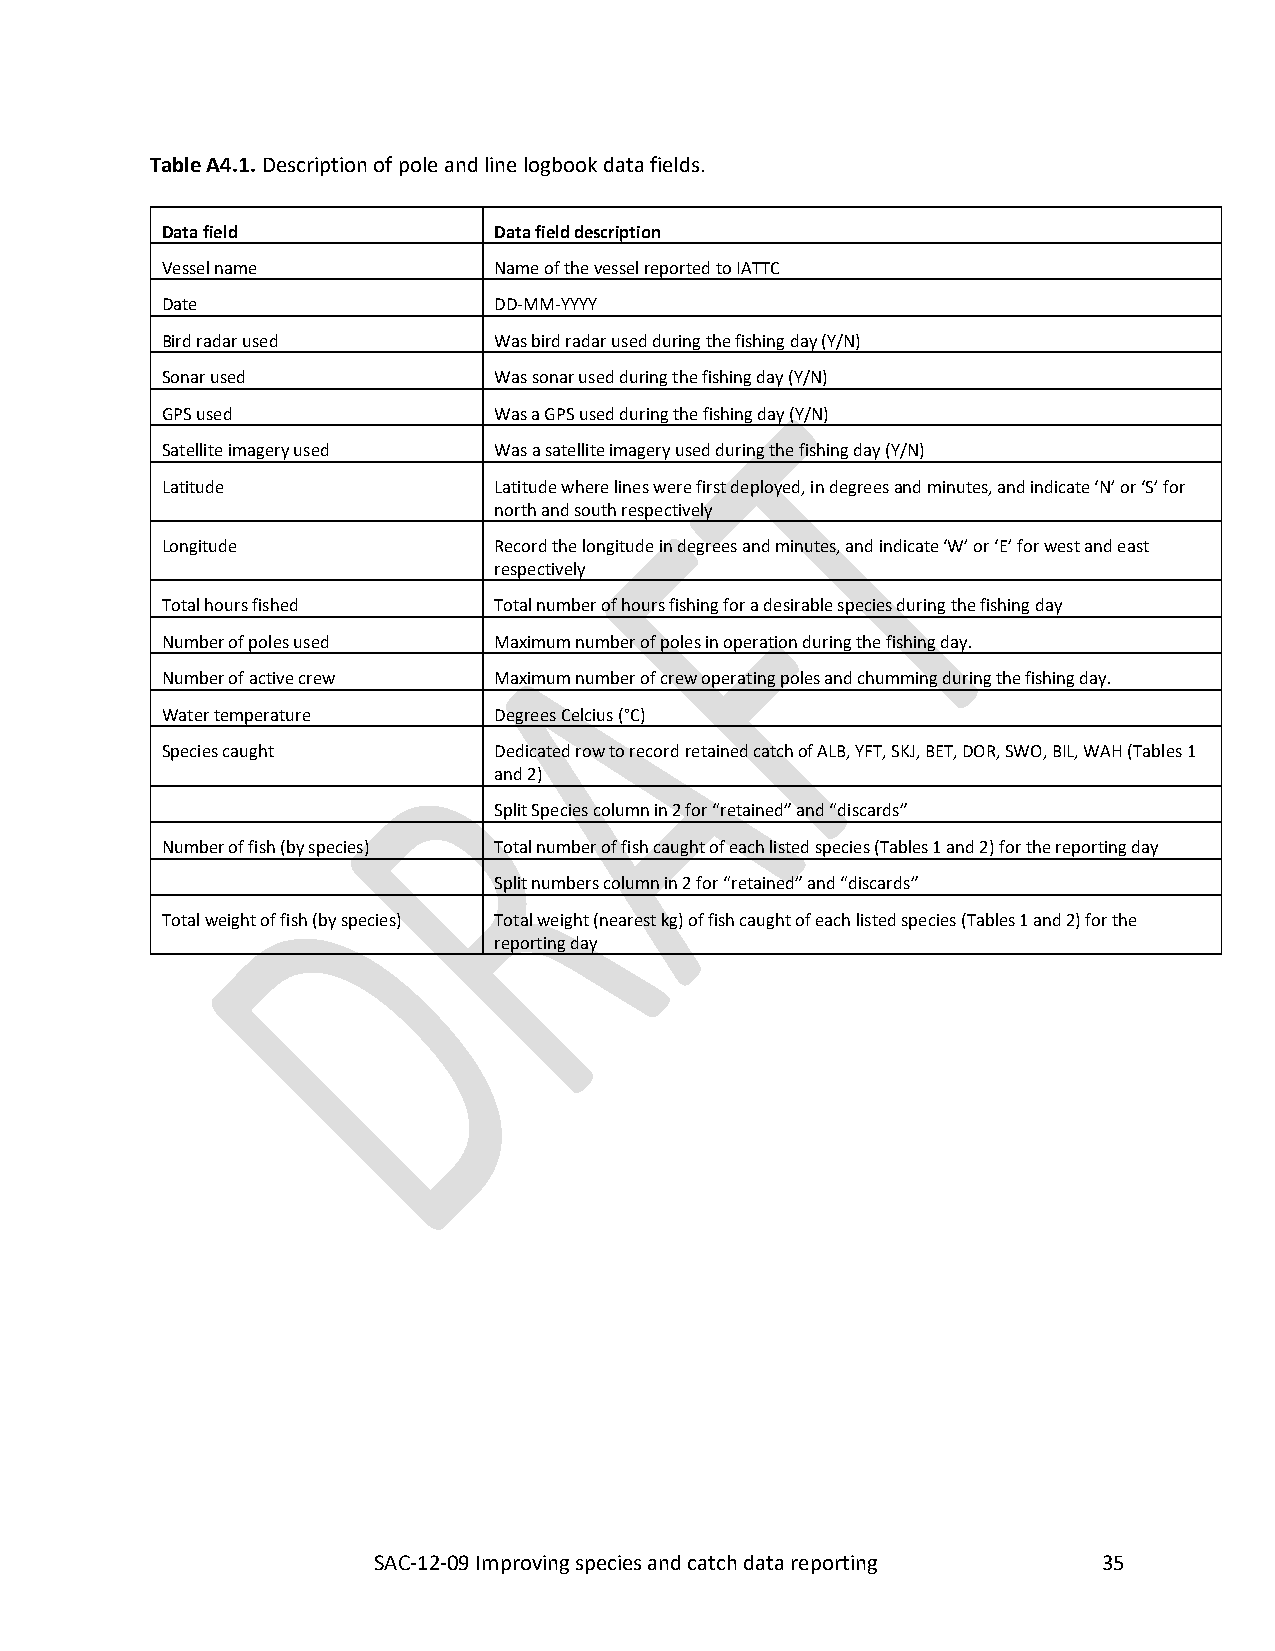
SAC-12-09_Improving species and catch data reporting C-03-05
 Table A4.1. Description of pole and line logbook data fields.
 Data field            Data field description
 Vessel name           Name of the vessel reported to IATTC
 Date                  DD-MM-YYYY
 Bird radar used       Was bird radar used during the fishing day (Y/N)
 Sonar used            Was sonar used during the fishing day (Y/N)
 GPS used              Was a GPS used during the fishing day (Y/N)
 Satellite imagery used Was a satellite imagery used during the fishing day (Y/N)
 Latitude              Latitude where lines were first deployed, in degrees and minutes, and indicate ‘N’ or ‘S’ for
 north and south respectively
 Longitude             Record the longitude in degrees and minutes, and indicate ‘W’ or ‘E’ for west and east
 respectively
 Total hours fished    Total number of hours fishing for a desirable species during the fishing day
 Number of poles used  Maximum number of poles in operation during the fishing day.
 Number of active crew Maximum number of crew operating poles and chumming during the fishing day.
 Water temperature     Degrees Celcius (°C)
 Species caught        Dedicated row to record retained catch of ALB, YFT, SKJ, BET, DOR, SWO, BIL, WAH (Tables 1
 and 2)
 Split Species column in 2 for “retained” and “discards”
 Number of fish (by species) Total number of fish caught of each listed species (Tables 1 and 2) for the reporting day
 Split numbers column in 2 for “retained” and “discards”
 Total weight of fish (by species) Total weight (nearest kg) of fish caught of each listed species (Tables 1 and 2) for the
 reporting day
 SAC-12-09 Improving species and catch data reporting 35